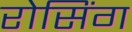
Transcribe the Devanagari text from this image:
रोसिंग